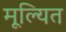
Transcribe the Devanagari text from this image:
मूल्यित